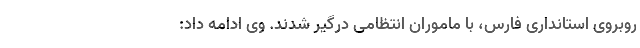
روبروی استانداری فارس، با ماموران انتظامی درگیر شدند. وی ادامه داد: